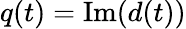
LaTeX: q(t)=\textrm{Im}(d(t))